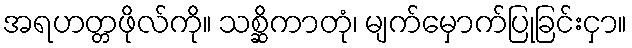
အရဟတ္တဖိုလ်ကို။ သစ္ဆိကာတုံ၊ မျက်မှောက်ပြုခြင်းငှာ။